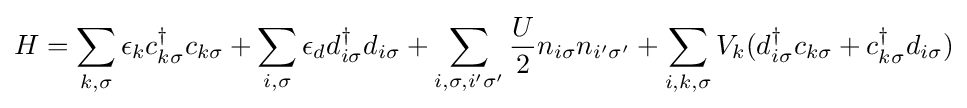
H=\sum _{k,\sigma }\epsilon _{k}c_{k\sigma }^{\dagger }c_{k\sigma }+\sum _{i,\sigma }\epsilon _{d}d_{i\sigma }^{\dagger }d_{i\sigma }+\sum _{i,\sigma ,i'\sigma '}{\frac {U}{2}}n_{i\sigma }n_{i'\sigma '}+\sum _{i,k,\sigma }V_{k}(d_{i\sigma }^{\dagger }c_{k\sigma }+c_{k\sigma }^{\dagger }d_{i\sigma })